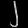
Digit: ၂